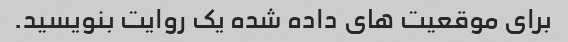
برای موقعیت های داده شده یک روایت بنویسید.